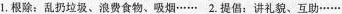
1.根除：乱扔垃圾、浪费食物、吸烟…… 2.提倡：讲礼貌、互助……